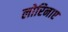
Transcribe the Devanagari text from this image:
लोरिनाए